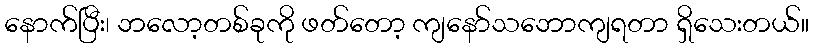
နောက်ပြီး၊ ဘလော့တစ်ခုကို ဖတ်တော့ ကျနော်သဘောကျရတာ ရှိသေးတယ်။